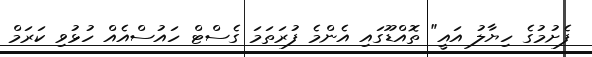
ފެށުމުގެ ހިޔާލު އައީ" ތޮއްޑޫގައި އެންމެ ފުރަތަމަ ގެސްޓް ހައުސްއެއް ހުޅުވި ކަރަމް